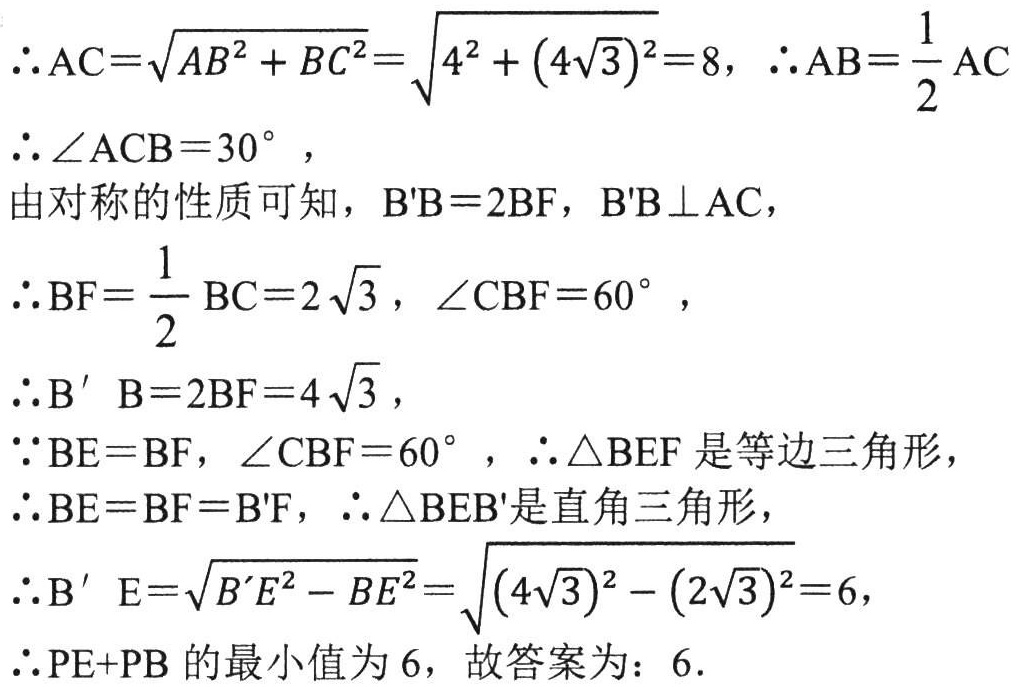
$\therefore AC=\sqrt{AB^{2}+BC^{2}}=\sqrt{4^{2}+(4\sqrt{3})^{2}} = 8$, $\therefore AB=\dfrac{1}{2}AC$
$\therefore \angle ACB = 30^{\circ}$,
由对称的性质可知，$B'B = 2BF$, $B'B\perp AC$,
$\therefore BF=\dfrac{1}{2}BC = 2\sqrt{3}$, $\angle CBF = 60^{\circ}$,
$\therefore B^{\prime}B = 2BF = 4\sqrt{3}$,
$\because BE = BF$, $\angle CBF = 60^{\circ}$, $\therefore \triangle BEF$是等边三角形,
$\therefore BE = BF = B'F$, $\therefore \triangle BEB'$是直角三角形,
$\therefore B^{\prime}E=\sqrt{B^{\prime}E^{2}-BE^{2}}=\sqrt{(4\sqrt{3})^{2}-(2\sqrt{3})^{2}} = 6$,
$\therefore PE + PB$的最小值为$6$，故答案为：$6$.